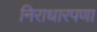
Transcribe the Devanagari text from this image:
निराधारपणा